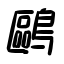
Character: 鷗